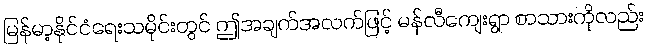
မြန်မာ့နိုင်ငံရေးသမိုင်းတွင် ဤအချက်အလက်ဖြင့် မန်လီကျေးရွာ စာသားကိုလည်း